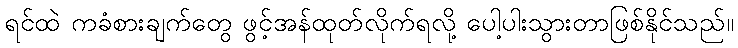
ရင်ထဲ ကခံစားချက်တွေ ဖွင့်အန်ထုတ်လိုက်ရလို့ ပေါ့ပါးသွားတာဖြစ်နိုင်သည်။